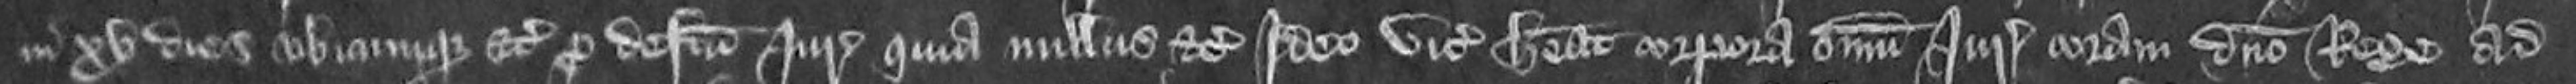
in XV dies ubicumque etc pro defectu juratorum quia nullus etc Ideo vicecomes habeat corpora omnium juratorum coram domino rege ad